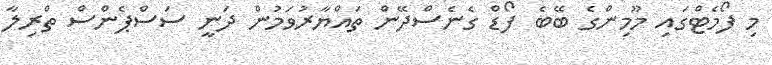
މި ފޯމެޓްގައި މޫމިންގެ ބޭބެ ފޯޑް ގެނެސްދޭން ތައްޔާރުވަމުން ދަނީ ސަސްޕެންސް ތްރިލާ